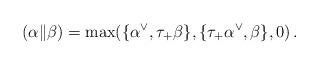
LaTeX: \begin{align*}(\alpha \| \beta) = \max(\{\alpha^\vee, \tau_+ \beta\},\{\tau_+ \alpha^\vee, \beta\}, 0)\,.\end{align*}